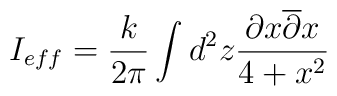
I_{eff}=\frac {k}{2 \pi} \int d^2z \frac {\partial x\overline {\partial } x}{4+x^2}